65_HS1-834228961_62-HQ-83894_Serial_164
Agency: FBI
Page 136
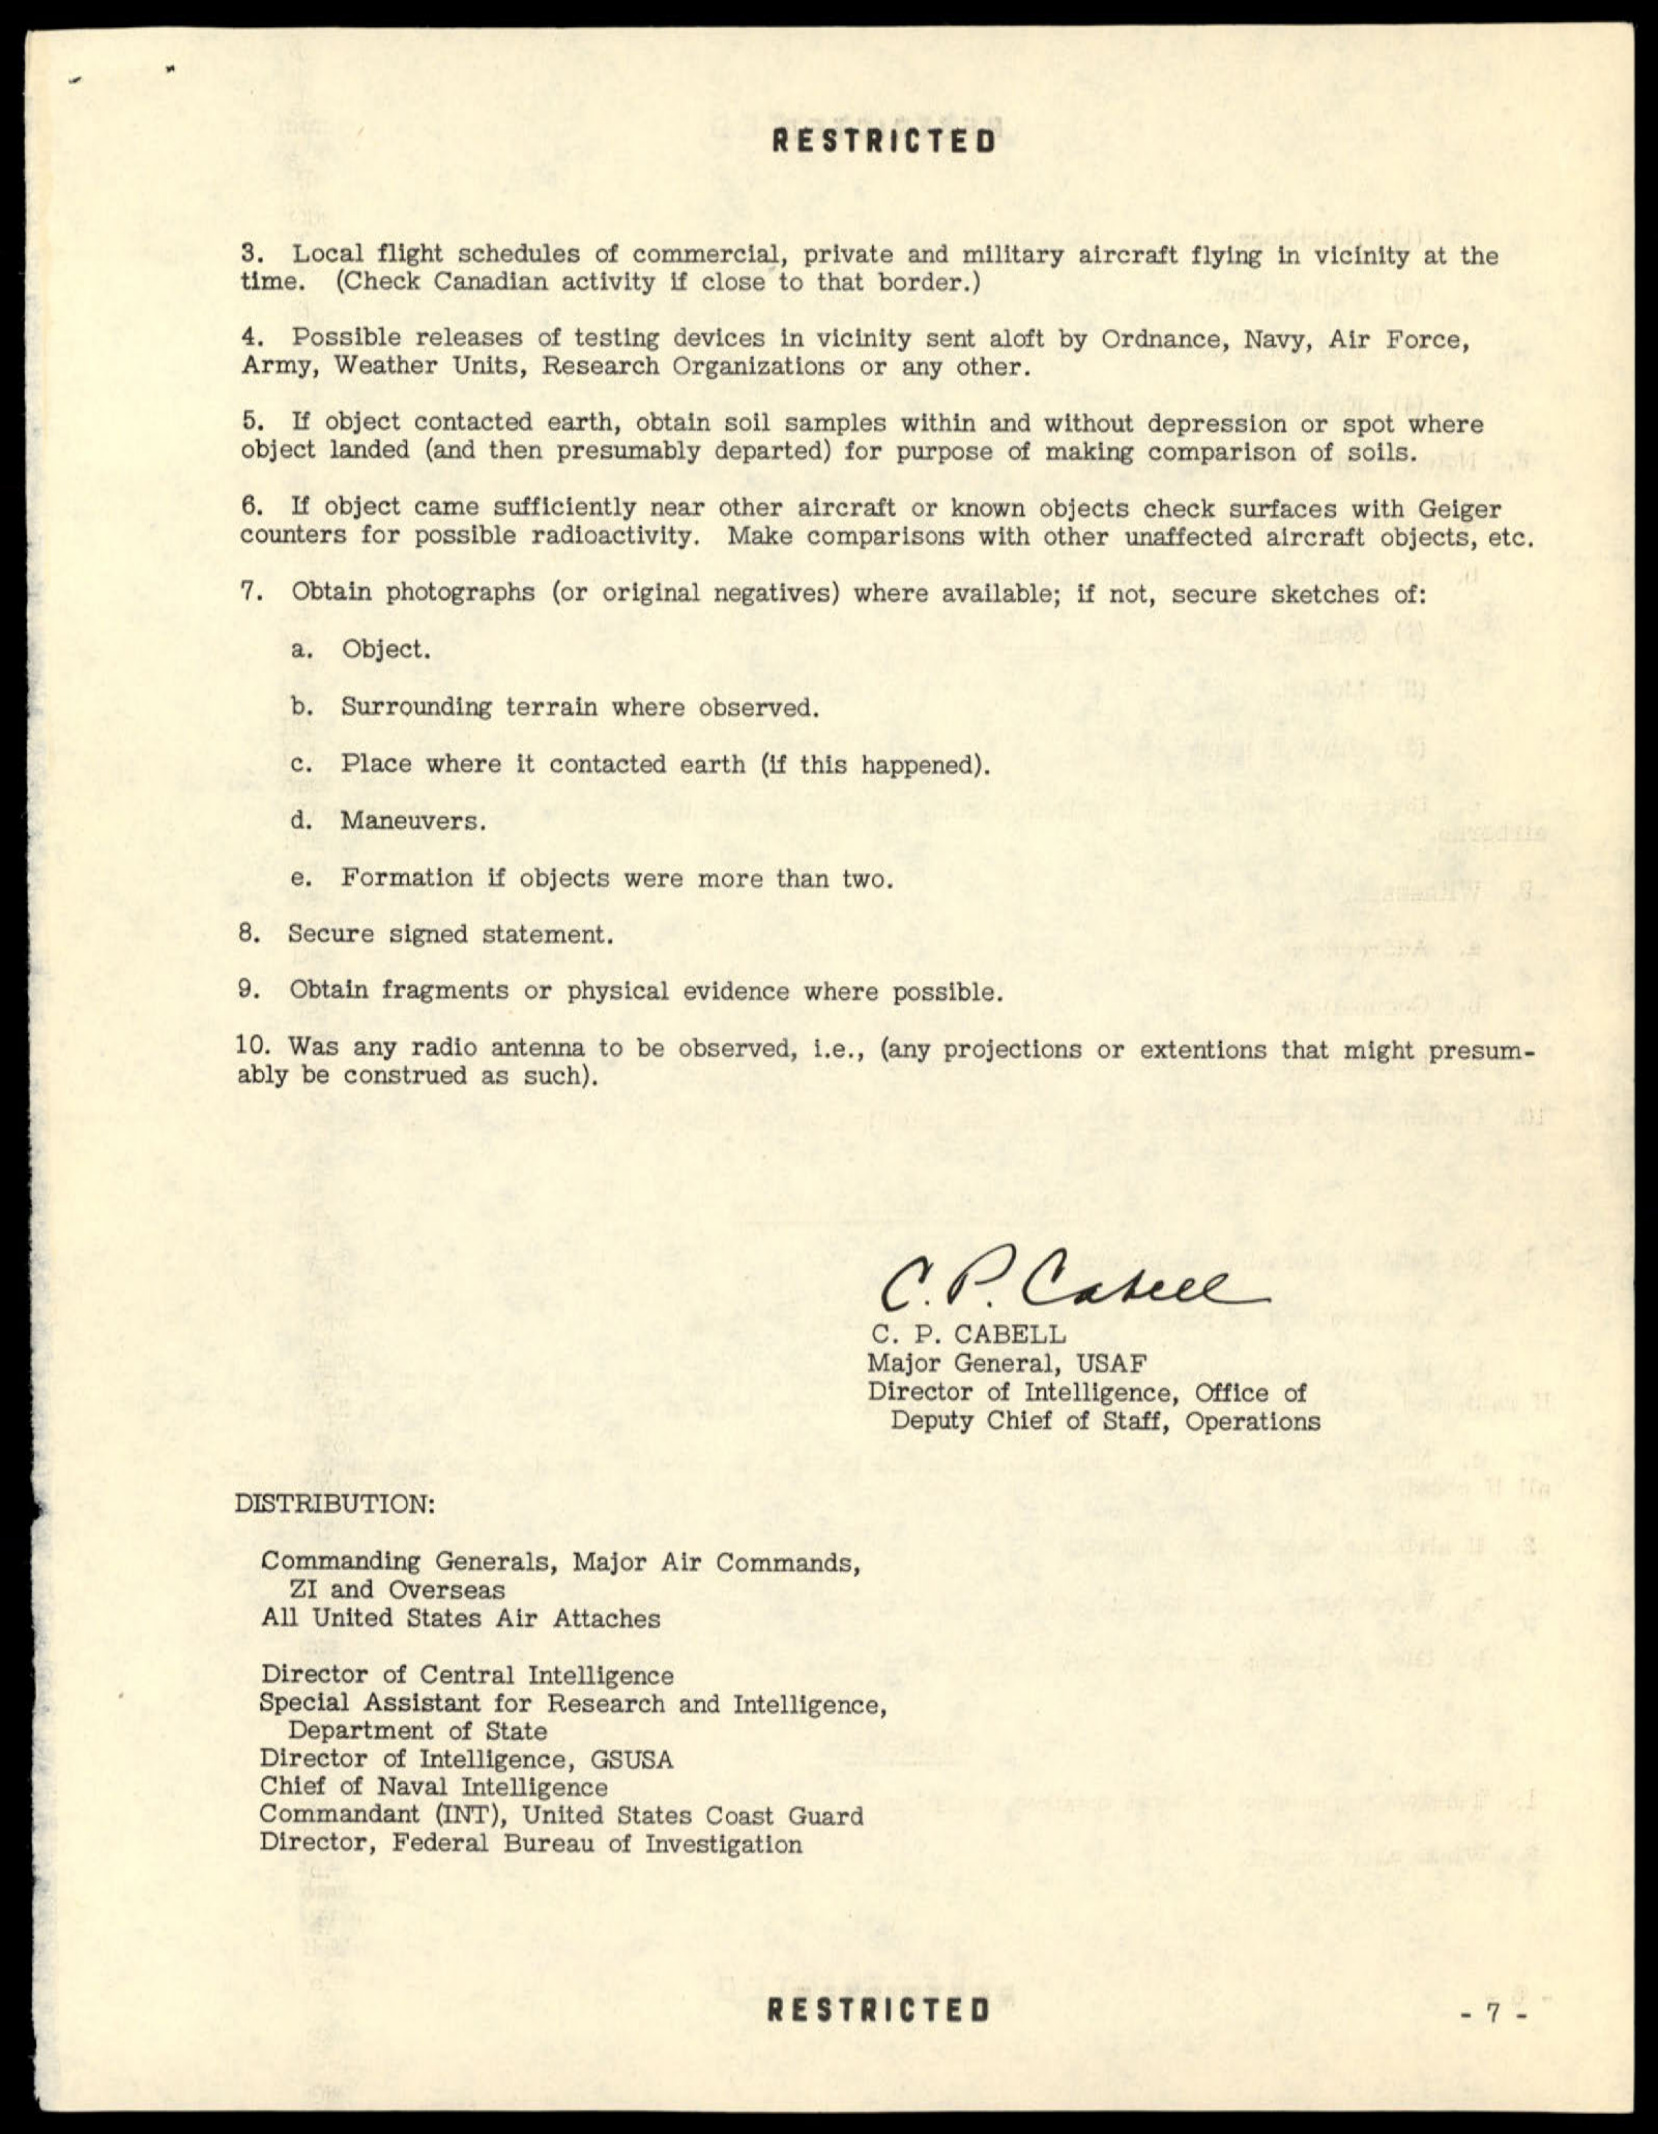